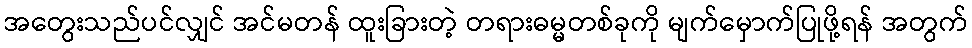
အတွေးသည်ပင်လျှင် အင်မတန် ထူးခြားတဲ့ တရားဓမ္မတစ်ခုကို မျက်မှောက်ပြုဖို့ရန် အတွက်